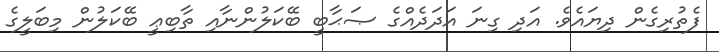
ފެތުރިގެން ދިޔައެވެ. އަދި ގިނަ އަދަދެއްގެ ޞަޙާބީ ބޭކަލުންނާއި ތާބިޢީ ބޭކަލުން މިބަލީގެ